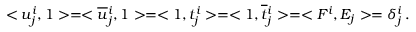
< u _ { j } ^ { i } , 1 > = < \overline { { { u } } } { } _ { j } ^ { i } , 1 > = < 1 , t _ { j } ^ { i } > = < 1 , \overline { { { t } } } { } _ { j } ^ { i } > = < F ^ { i } , E _ { j } > = \delta _ { j } ^ { i } \, .